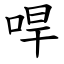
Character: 哻